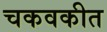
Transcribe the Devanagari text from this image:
चकवकीत